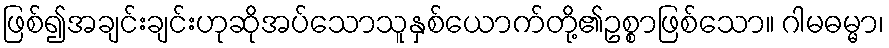
ဖြစ်၍အချင်းချင်းဟုဆိုအပ်သောသူနှစ်ယောက်တို့၏ဥစ္စာဖြစ်သော။ ဂါမဓမ္မာ၊